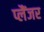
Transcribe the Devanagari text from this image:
प्लैंजर